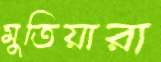
মুতিয়ারা